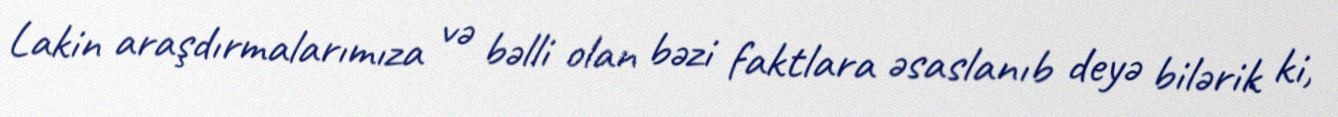
Lakin araşdırmalarımıza və bəlli olan bəzi faktlara əsaslanıb deyə bilərik ki,